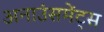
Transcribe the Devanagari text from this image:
अनाउंसमेंट्स